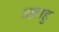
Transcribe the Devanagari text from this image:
वल्लाहु